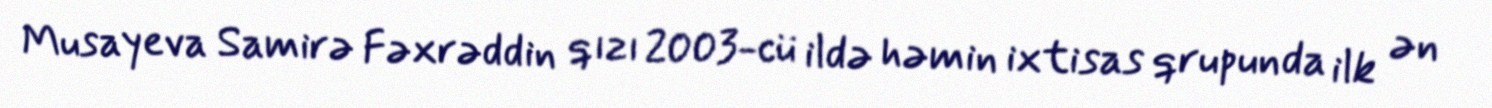
Musayeva Samirə Fəxrəddin qızı 2003-cü ildə həmin ixtisas qrupunda ilk ən